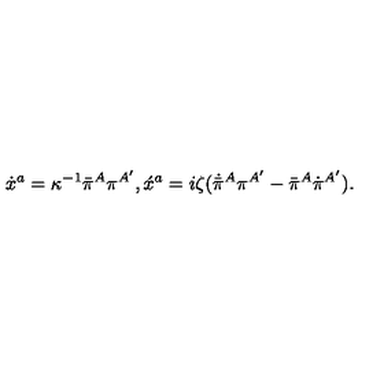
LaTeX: \dot { x } { } ^ { a } = \kappa ^ { - 1 } \bar { \pi } { } ^ { A } \pi ^ { A ^ { \prime } } , \acute { x } { } ^ { a } = i \zeta ( \dot { \bar { \pi } } { } ^ { A } \pi ^ { A ^ { \prime } } - \bar { \pi } { } ^ { A } \dot { \pi } { } ^ { A ^ { \prime } } ) .